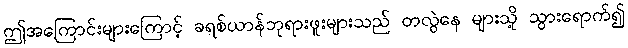
ဤအကြောင်းများကြောင့် ခရစ်ယာန်ဘုရားဖူးများသည် တလွဲနေ များသို့ သွားရောက်၍